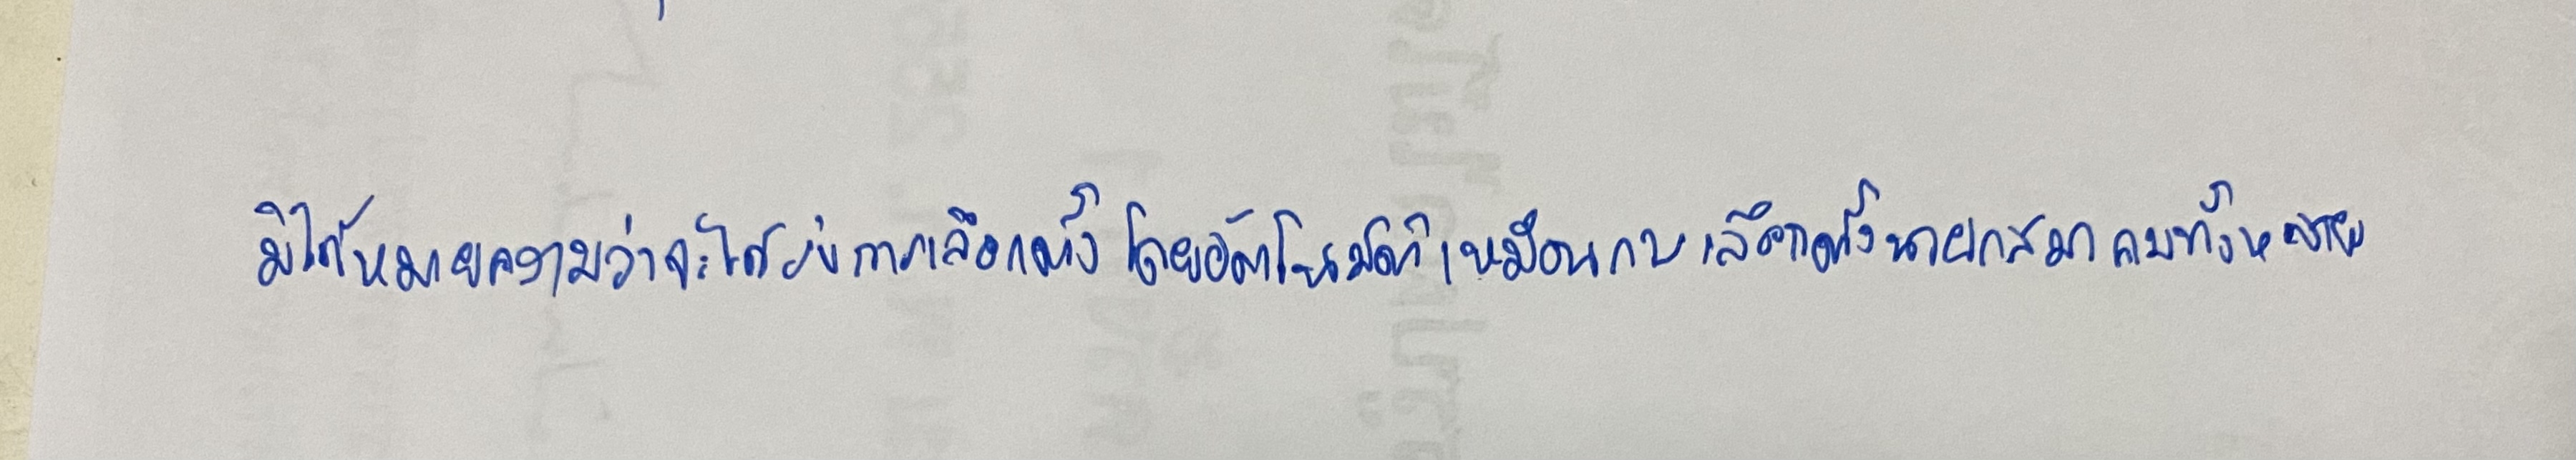
มิได้หมายความว่าจะได้รับการเลือกตั้งโดยอัตโนมัติเหมือนการเลือกตั้งนายกสมาคมทั้งหลาย